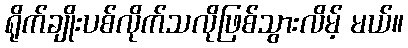
ရိုက်ချိုးပစ်လိုက်သလိုဖြစ်သွားလိမ့် မယ်။